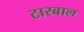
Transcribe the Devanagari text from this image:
टारबाल